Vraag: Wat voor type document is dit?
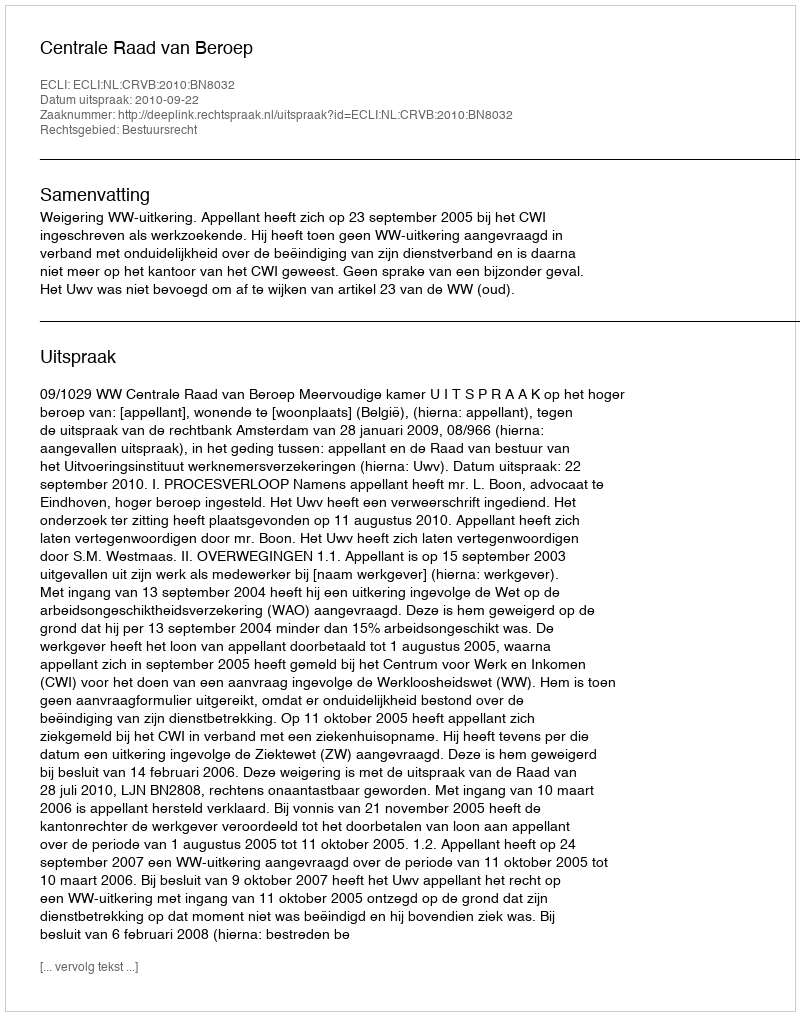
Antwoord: Uitspraak